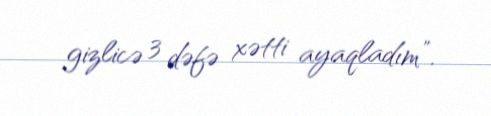
gizlicə 3 dəfə xətti ayaqladım”.